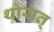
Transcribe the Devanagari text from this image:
थोरात्